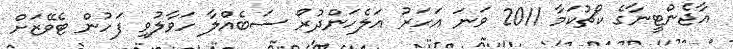
އާޖެންޓީނާގެ ކޯޗުކަމާ 2011 ވަނަ އަހަރު އަލެހަންދުރޯ ސަބެއްލާ ހަވާލުވި ފަހުން ޓެވޭޒަށް